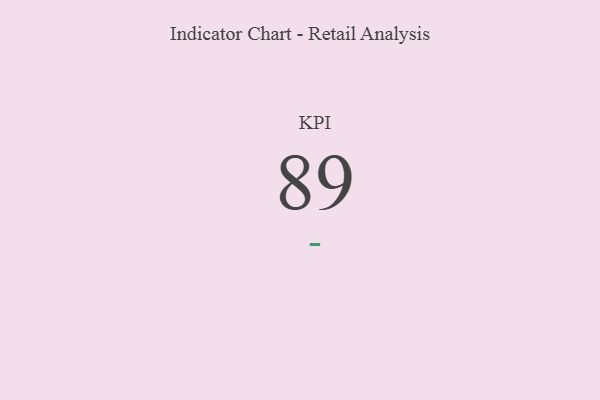
{"axis": {"x": "KPI", "y": "Value"}, "legend": [""], "data": [{"x": "KPI", "y": 89, "type": ""}]}